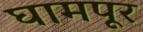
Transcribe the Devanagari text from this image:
घामपूर